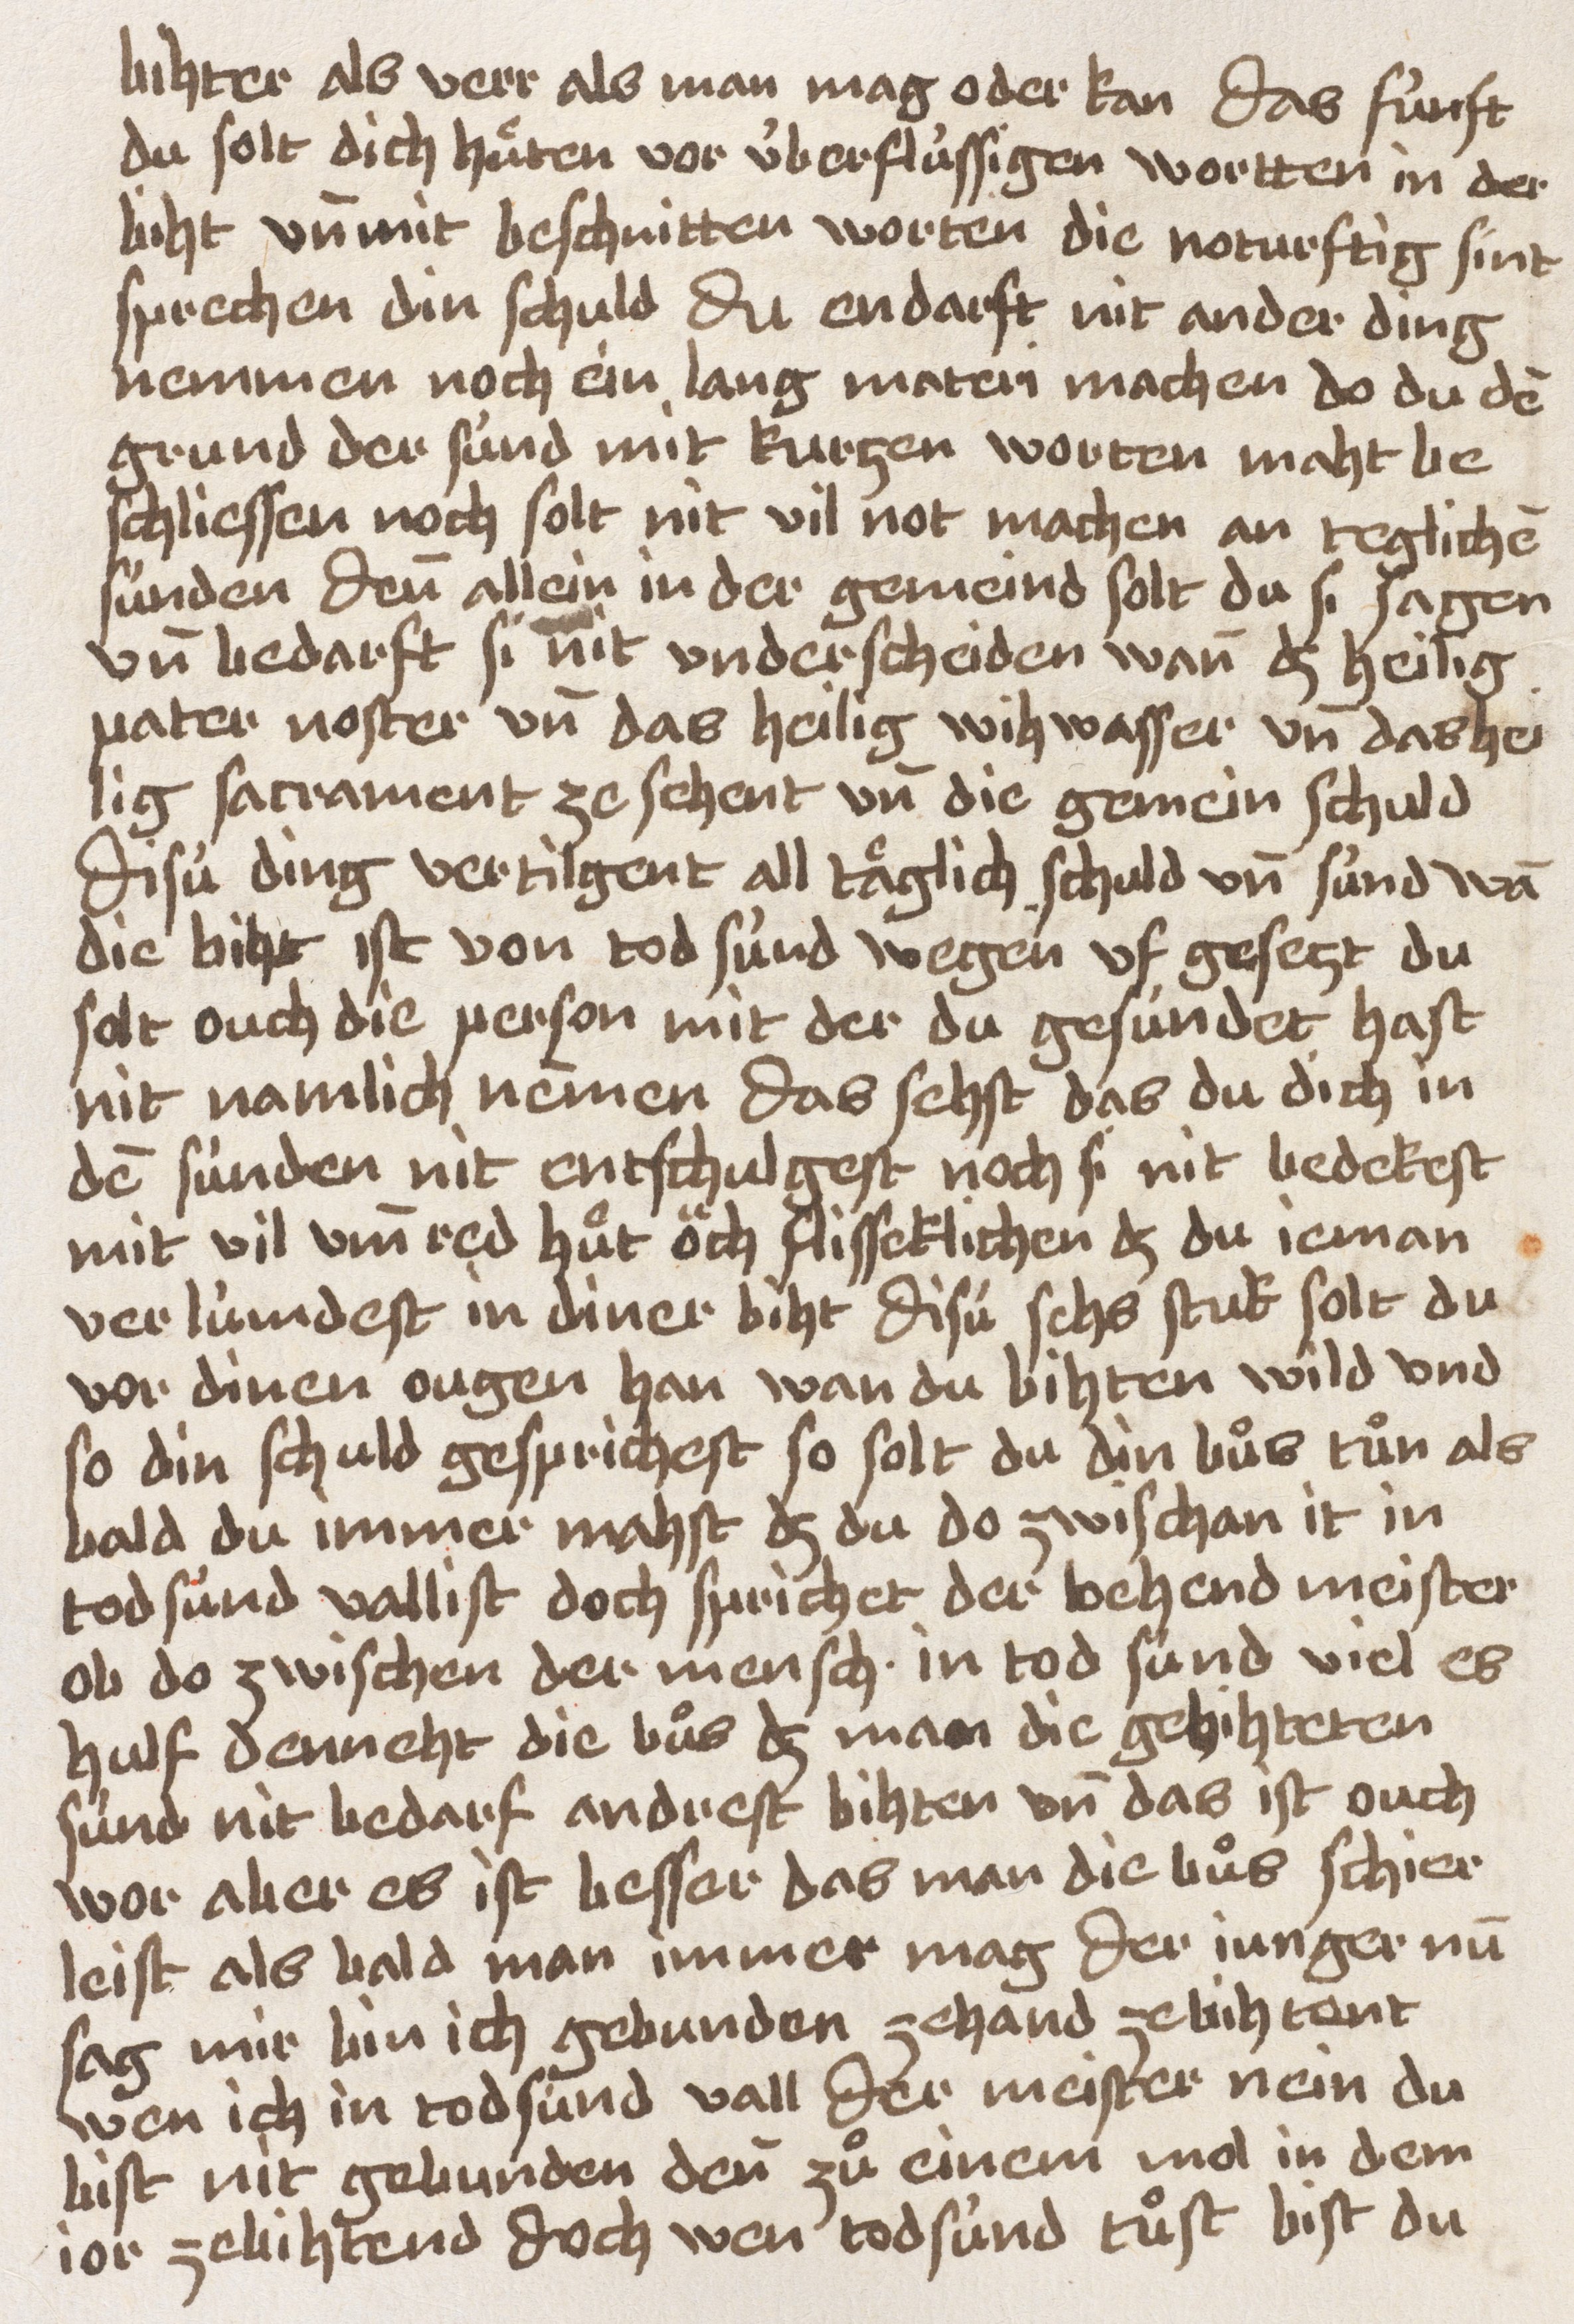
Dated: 1400–1499